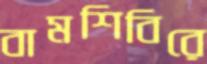
বামশিবিরে